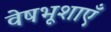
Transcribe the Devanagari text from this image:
वेषभूशाएँ